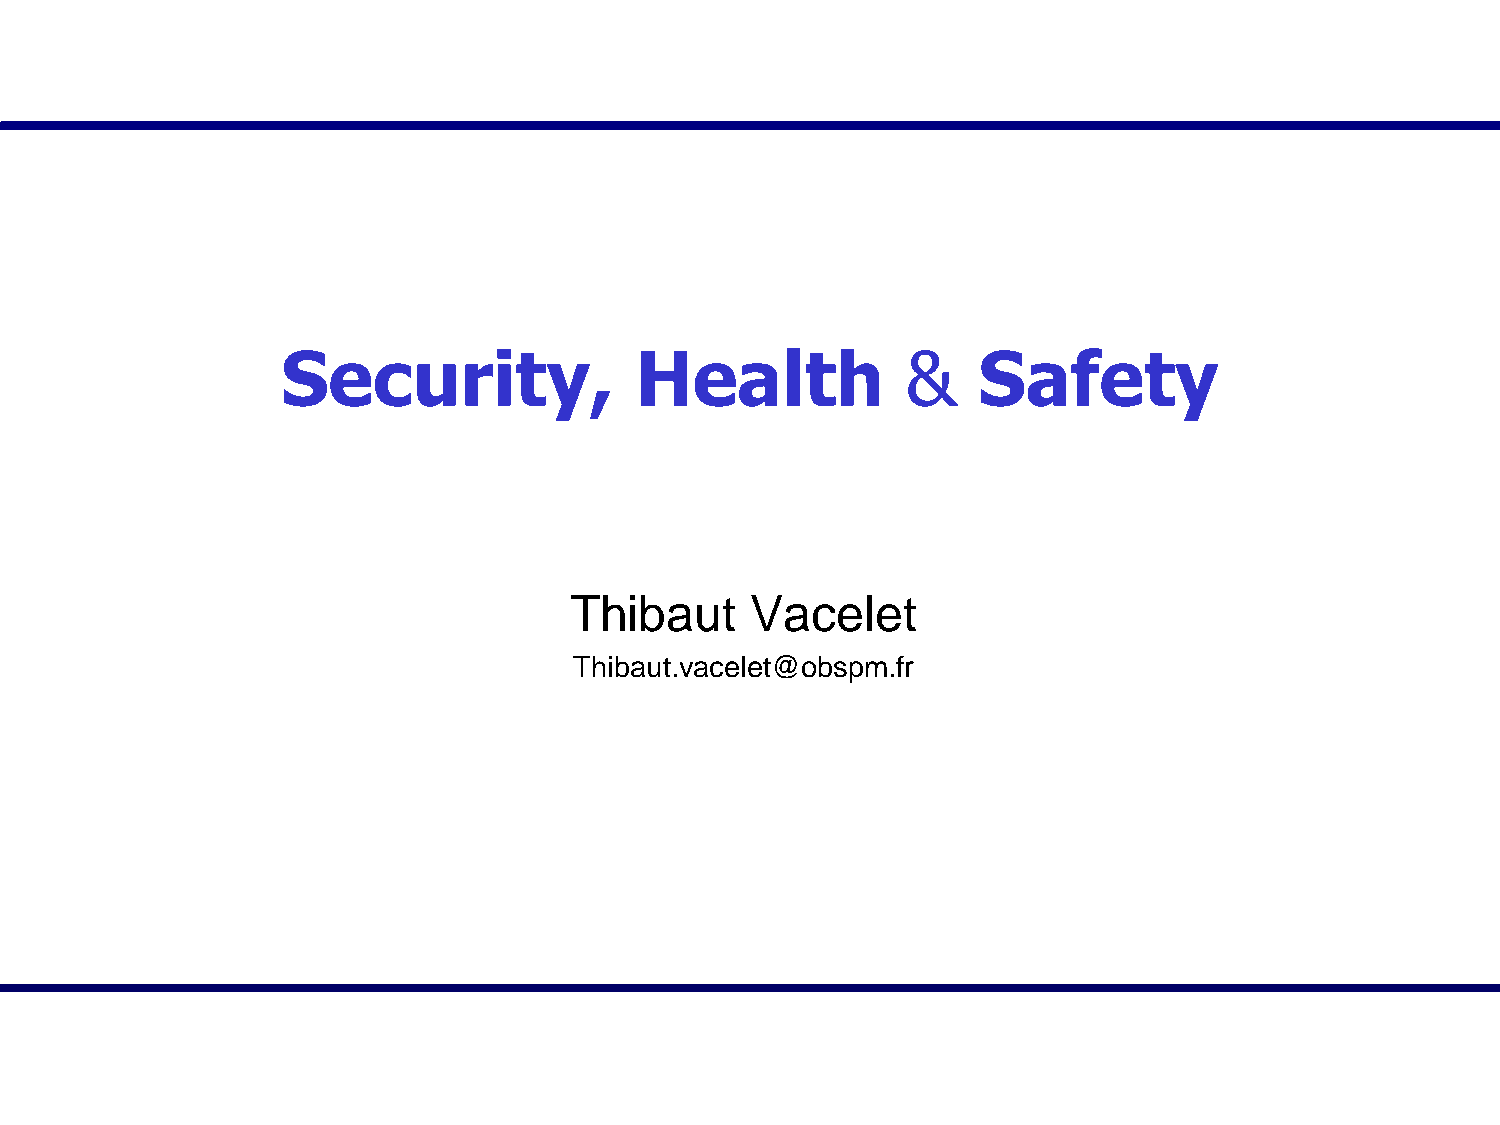
Security,              Health            &    Safety
 Thibaut     Vacelet
 Thibaut.vacelet@obspm.fr
 20/11/2013            Réunion nouveaux arrivants - Prévention/Sécurité - Roland Lefèvre         1